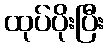
ထုပ်ပိုးပြီး